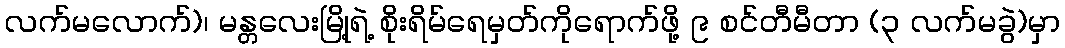
လက်မလောက်)၊ မန္တလေးမြို့ရဲ့ စိုးရိမ်ရေမှတ်ကိုရောက်ဖို့ ၉ စင်တီမီတာ (၃ လက်မခွဲ)မှာ